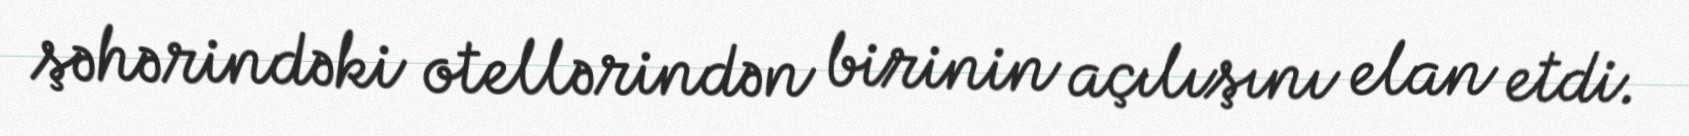
şəhərindəki otellərindən birinin açılışını elan etdi.